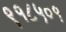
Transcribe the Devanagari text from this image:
९१८५०१